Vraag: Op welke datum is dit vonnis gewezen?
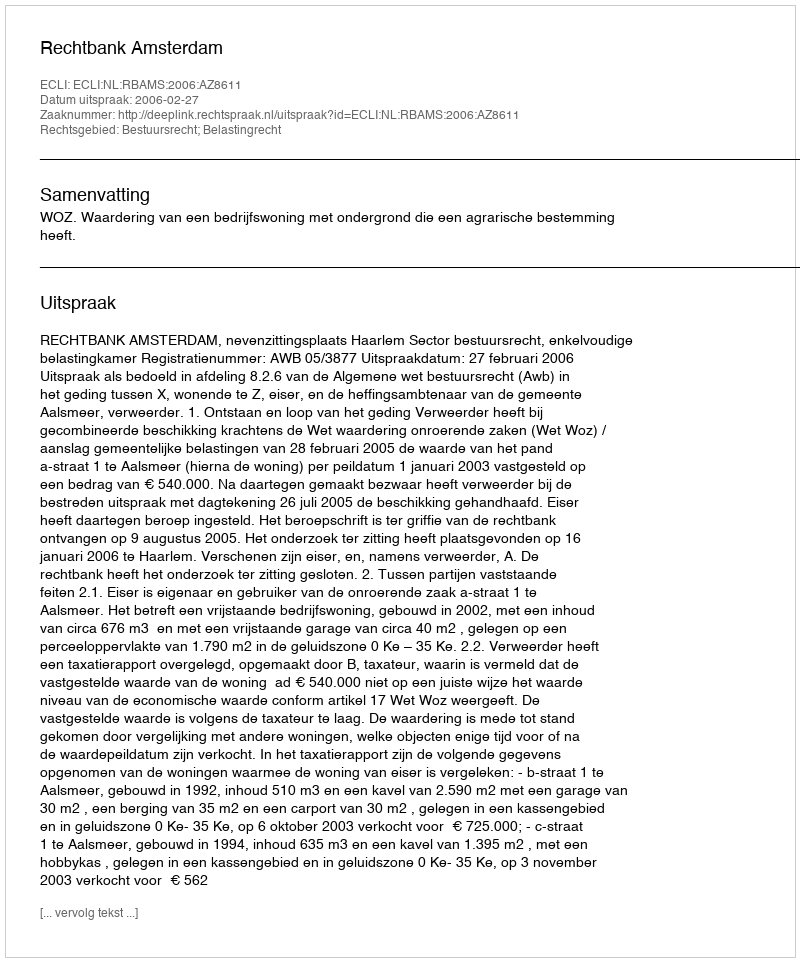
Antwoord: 2006-02-27